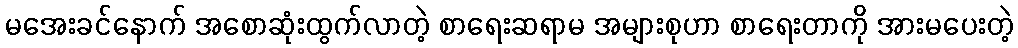
မအေးခင်နောက် အစောဆုံးထွက်လာတဲ့ စာရေးဆရာမ အများစုဟာ စာရေးတာကို အားမပေးတဲ့